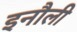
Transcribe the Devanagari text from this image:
इनौली